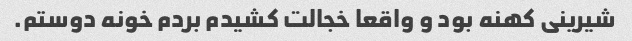
شیرینی کهنه بود و واقعا خجالت کشیدم بردم خونه دوستم.